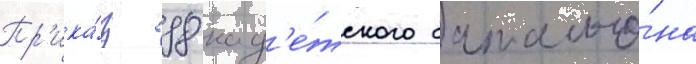
Пр'ика́з 98 кад'е́тского батальо́на